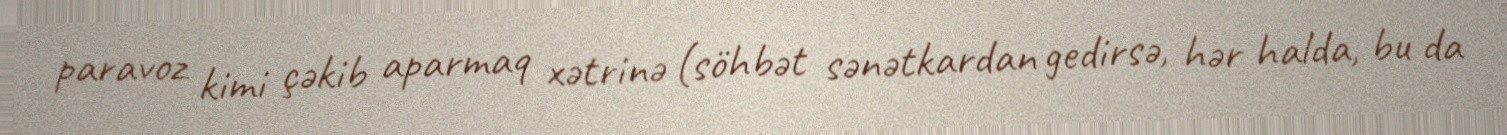
paravoz kimi çəkib aparmaq xətrinə (söhbət sənətkardan gedirsə, hər halda, bu da